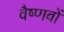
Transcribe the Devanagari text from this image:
वैष्‍णवों